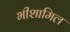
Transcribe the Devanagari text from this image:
भीशामिल